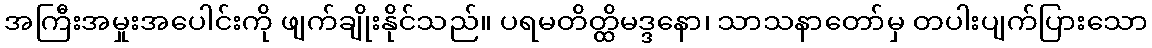
အကြီးအမှုးအပေါင်းကို ဖျက်ချိုးနိုင်သည်။ ပရမတိတ္ထိမဒ္ဒနော၊ သာသနာတော်မှ တပါးပျက်ပြားသော